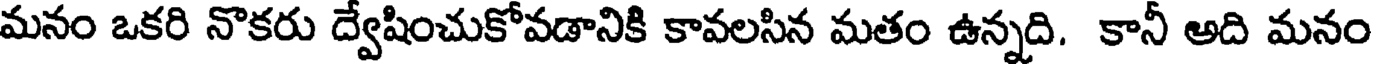
మనం ఒకరి నొకరు ద్వేషించుకోవడానికి కావలసిన మతం ఉన్నది. కానీ అది మనం